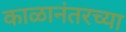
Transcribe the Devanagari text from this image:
काळानंतरच्या